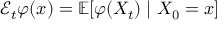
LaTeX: { \mathcal { E } } _ { t } \varphi ( x ) = \mathbb { E } [ \varphi ( X _ { t } ) \mid X _ { 0 } = x ]